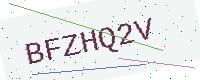
Text: BFZHQ2V